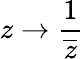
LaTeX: z\rightarrow{\frac{1}{\overline{{z}}}}